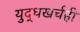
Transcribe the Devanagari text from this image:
युद्धखर्चही